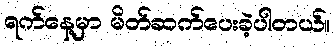
ရက်နေ့မှာ မိတ်ဆက်ပေးခဲ့ပါတယ်။